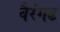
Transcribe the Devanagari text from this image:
वैरंगढ